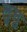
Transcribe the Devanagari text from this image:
लुत्तु